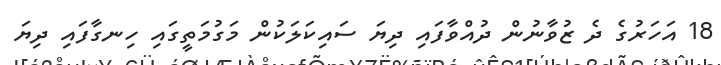
18 އަހަރުގެ ދެ ޒުވާނުން ދުއްވާފައި ދިޔަ ސައިކަލަކުން މަގުމަތީގައި ހިނގާފައި ދިޔަ